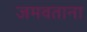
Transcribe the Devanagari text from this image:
जमवताना